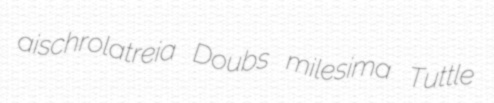
aischrolatreia Doubs milesima Tuttle